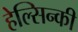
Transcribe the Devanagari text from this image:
हेल्सिन्की